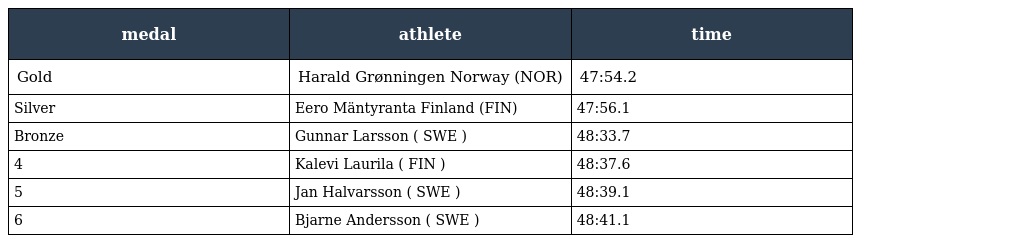
| medal | athlete | time |
 | --- | --- | --- |
 | Gold | Harald Grønningen Norway (NOR) | 47:54.2 |
 | Silver | Eero Mäntyranta Finland (FIN) | 47:56.1 |
 | Bronze | Gunnar Larsson ( SWE ) | 48:33.7 |
 | 4 | Kalevi Laurila ( FIN ) | 48:37.6 |
 | 5 | Jan Halvarsson ( SWE ) | 48:39.1 |
 | 6 | Bjarne Andersson ( SWE ) | 48:41.1 |